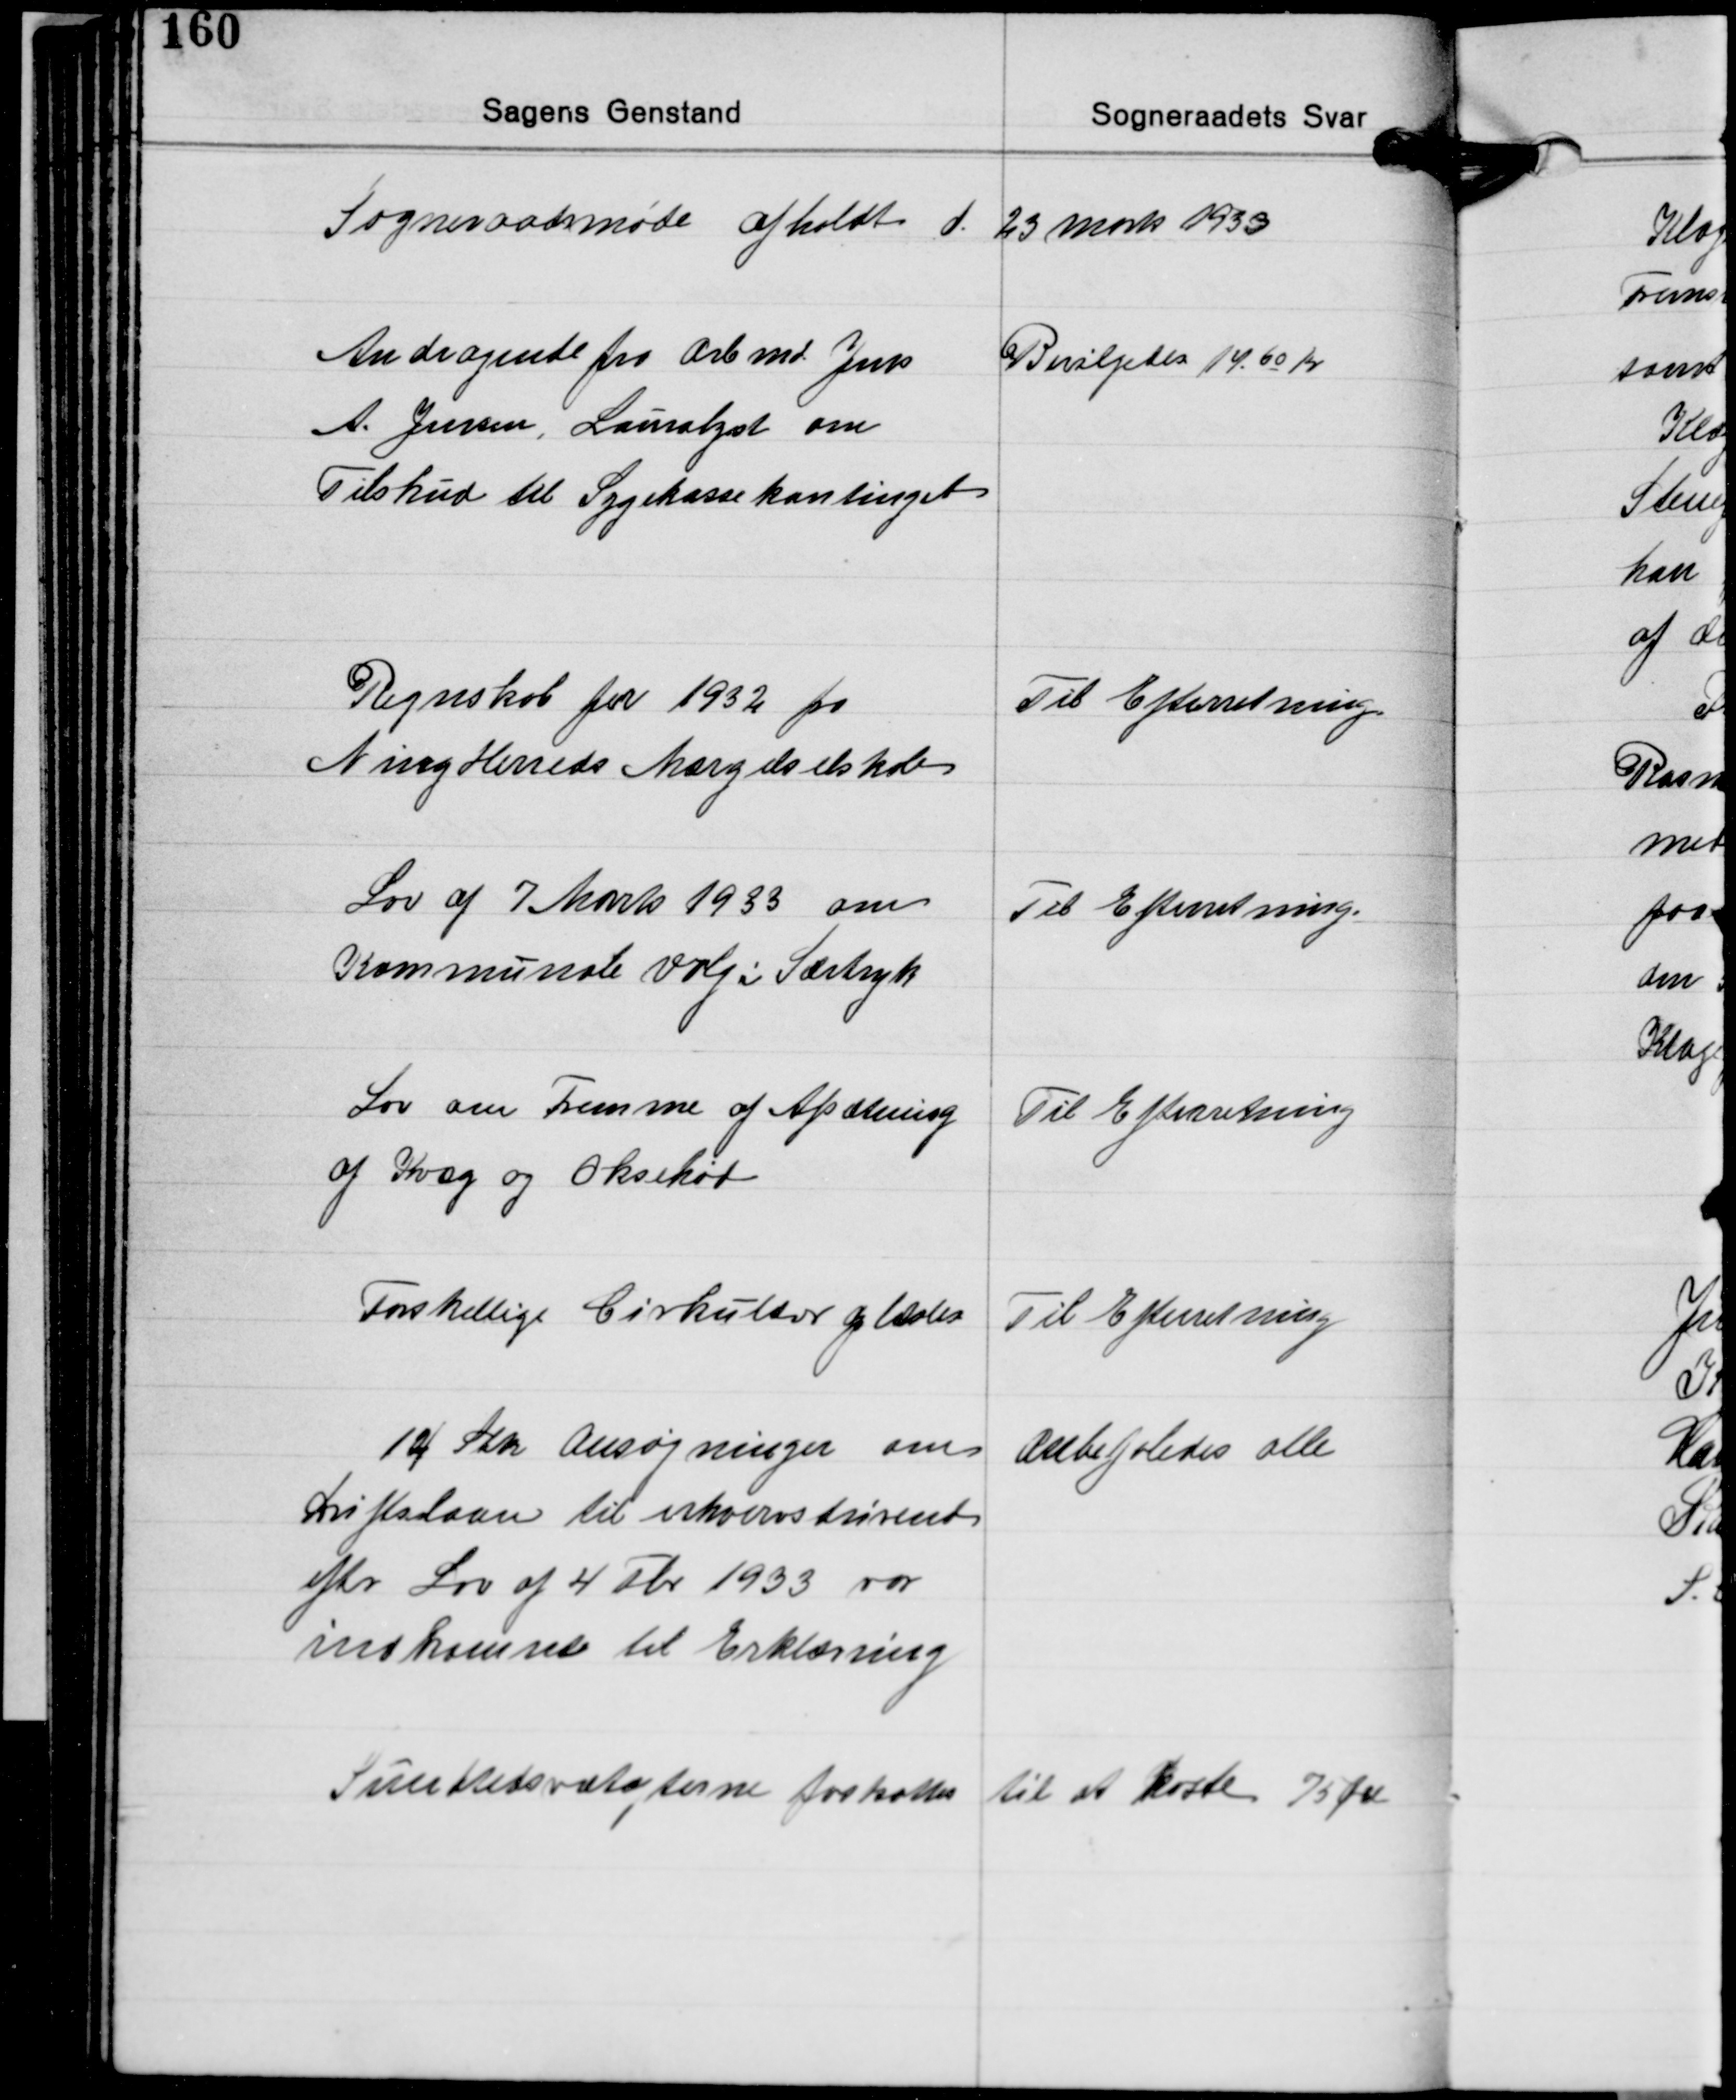
Transskription:
Sogneraadsmøde afholdt d. 23 Marts 1933

Andragende fra Arbmd. Jens
A. Jensen, Lauralyst om
Tilskud til Sygekassekontinget

Bevilgedes 14,60 Kr.

Regnskab for 1932 fra
Ning Herreds Mergelselskab

Til Efterretning

Lov af 7 Marts 1933 om
Kommunale valg i Særtryk

Til Efterretning.

Lov om Fremme af Afsætning
af Kvæg og Oksekød

Til Efterretning

Forskellige Cirkulærer oplæstes

Til Efterretning

14 Stk. Ansøgninger om
Driftslaan til erhvervstrivent
efter Lov af 4 Fbr. 1933 var
indkomne til Erklæring

Anbefaledes alle

Sundhedsvedtægterne fastsattes til at koste 75 Øre